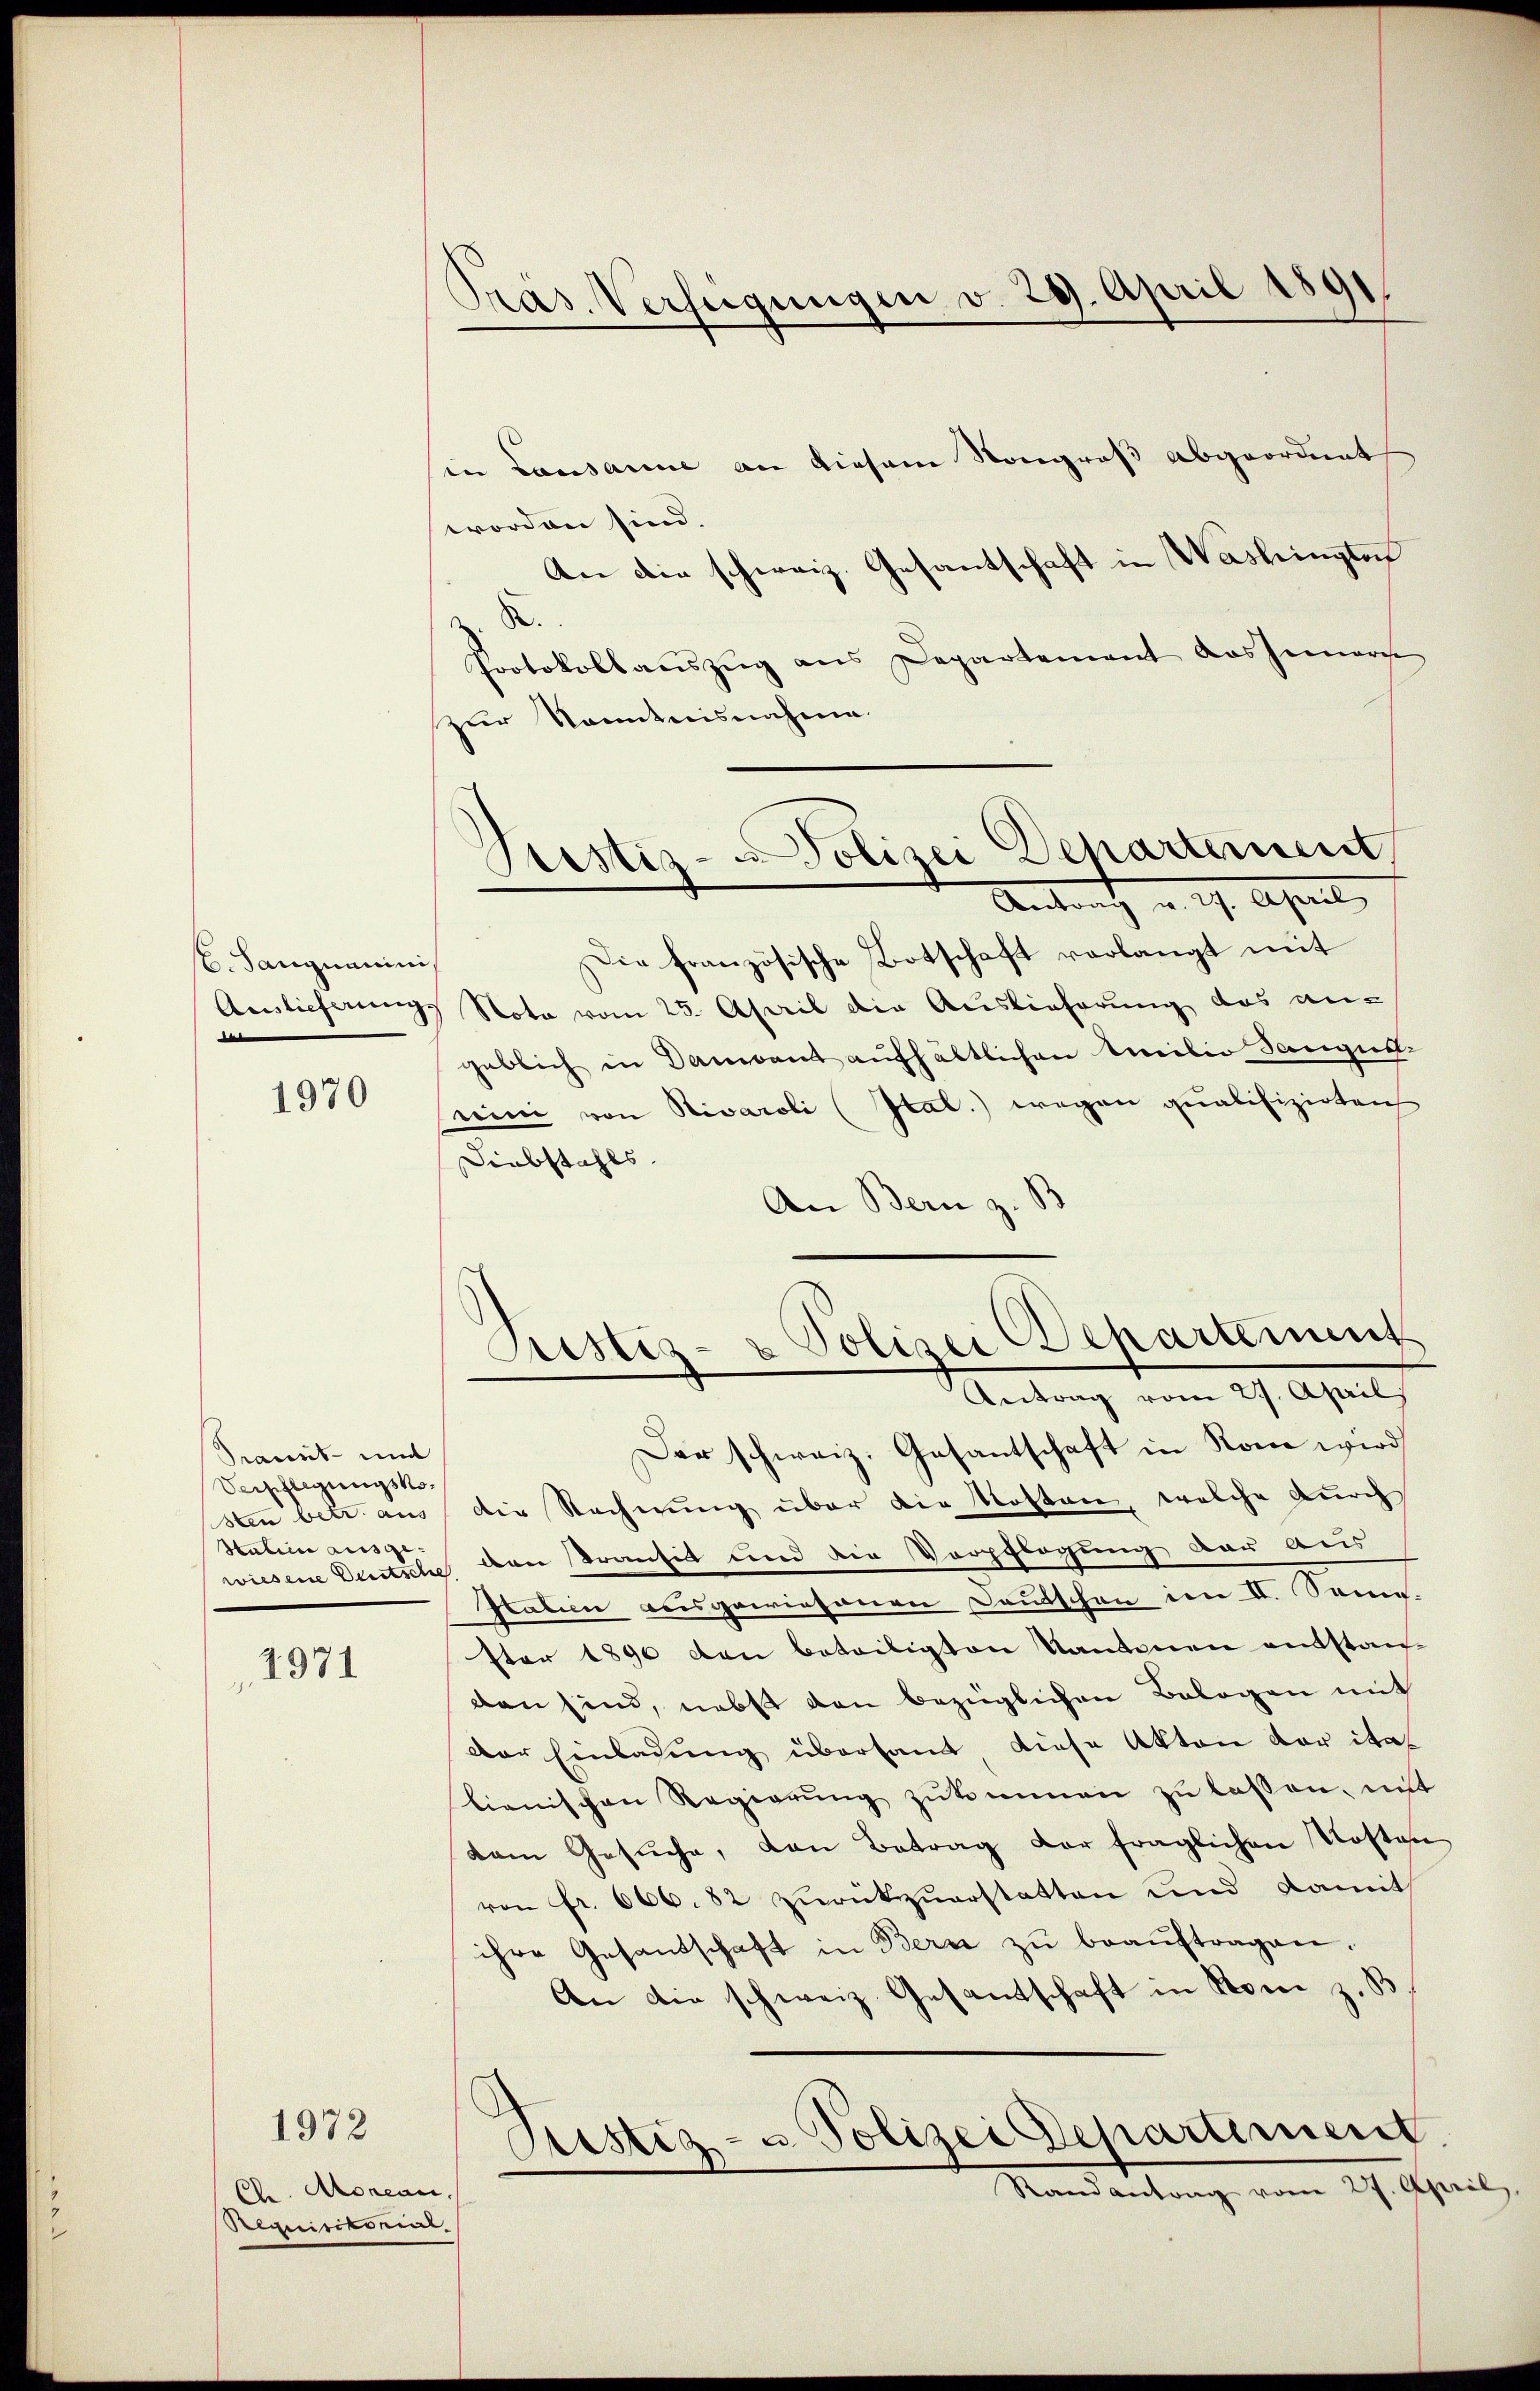
6. Janynaminis
Auslieferungs
e

1970

Prannt und
Verpflegungskosten betr. aus
Statien ausge-

1971

1972

C. Aronean
Requirikorint.

Präs. Verfügungen v. 29. April 1891

in Lausanne an diesem Kongroß abgeordnet
worden sind.
An die schweiz. Gesantschaft in Washingten
 S.
Protokollauszug aus Departement ausgemarche
zur Kenntnisnahme.
Die französische Botschaft verlangt mit
Note vom 25. April die Auslieferung das angeblich in Danient aufhältlichen Meilio Sangesnini von Rivaroli (Ital.) wegen qualifizirten
Diebstahls.
An Bern z. B.
Fristiz- & Polizei Departement
Antrag vom 27. April
Der schweiz. Gesantschaft in Rom wird
die Rechnung über die Kosten, welche durch
wiesene Deutsche den transit und die Verpflegung der aus
Italien reisgewiesaurer Deutschen im II. Sanen.
ster 1890 den beteiligten Kantonen ausstanden sind, nebst den bezüglichen Belogen mit
der Einladung übersamt diese Akten der italienischen Regierung zukommen zu lassen, mit
dam Gesŭche, von Betrag der fraglichen Kosten
von Fr. 666. 82 zurückzuerstatten und damit
ihre Gesandschaft in Bern zŭ beaŭftragen.
An die schweiz. Gesandtschaft in Stoni z. S

Justiz-Polizei Dehartement
Antrath v. 29. April,

Rustiz- u. Polizei Departement

Randantrag vom 27. April,